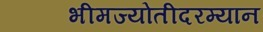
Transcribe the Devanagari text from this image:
भीमज्योतीदरम्यान